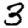
Digit: 3